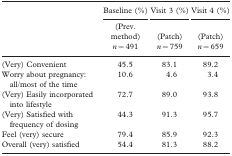
<table><thead><tr><td></td><td><b>Baseline (%)</b></td><td><b>Visit 3 (%)</b></td><td><b>Visit 4 (%)</b></td></tr><tr><td></td><td><b>(Prev. method)</b></td><td><b>(Patch)</b></td><td><b>(Patch)</b></td></tr><tr><td></td><td><b><i>n</i> = 491</b></td><td><b><i>n</i> = 759</b></td><td><b><i>n</i> = 659</b></td></tr></thead><tbody><tr><td>(Very) Convenient</td><td>45.5</td><td>83.1</td><td>89.2</td></tr><tr><td>Worry about pregnancy: all/most of the time</td><td>10.6</td><td>4.6</td><td>3.4</td></tr><tr><td>(Very) Easily incorporated into lifestyle</td><td>72.7</td><td>89.0</td><td>93.8</td></tr><tr><td>(Very) Satisfied with frequency of dosing</td><td>44.3</td><td>91.3</td><td>95.7</td></tr><tr><td>Feel (very) secure</td><td>79.4</td><td>85.9</td><td>92.3</td></tr><tr><td>Overall (very) satisfied</td><td>54.4</td><td>81.3</td><td>88.2</td></tr></tbody></table>